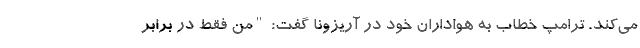
می‌کند. ترامپ خطاب به هواداران خود در آریزونا گفت: "من فقط در برابر